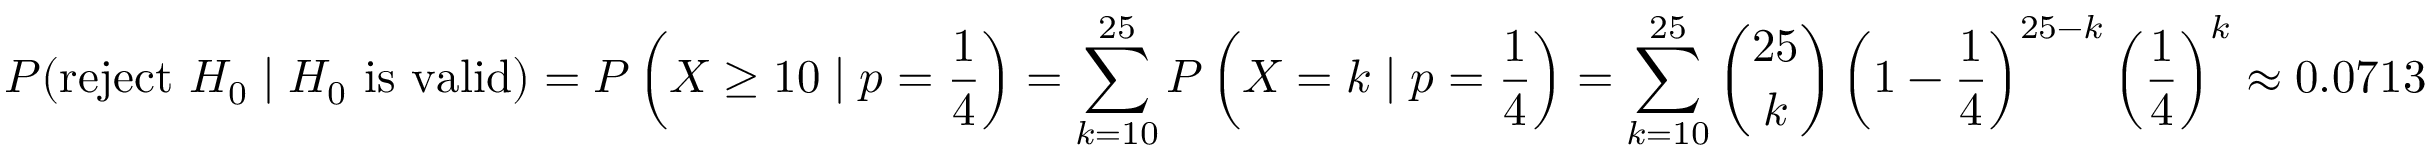
P ( { \mathrm { r e j e c t ~ } } H _ { 0 } \mid H _ { 0 } { \mathrm { ~ i s ~ v a l i d } } ) = P \left( X \geq 1 0 \mid p = { \frac { 1 } { 4 } } \right) = \sum _ { k = 1 0 } ^ { 2 5 } P \left( X = k \mid p = { \frac { 1 } { 4 } } \right) = \sum _ { k = 1 0 } ^ { 2 5 } { \binom { 2 5 } { k } } \left( 1 - { \frac { 1 } { 4 } } \right) ^ { 2 5 - k } \left( { \frac { 1 } { 4 } } \right) ^ { k } \approx 0 . 0 7 1 3